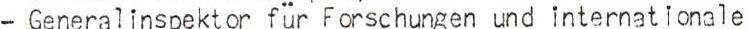
Generalinspektor für Forschungen und internat ionale